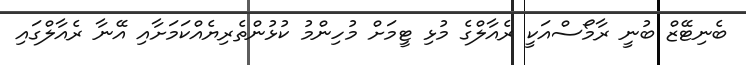
ބެނިޓޭޒް ބުނީ ރާމޯސްއަކީ ރެއާލްގެ މުޅި ޓީމަށް މުހިންމު ކުޅުންތެރިޔެއްކަމަށާއި އޭނާ ރެއާލްގައި